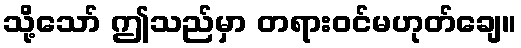
သို့သော် ဤသည်မှာ တရားဝင်မဟုတ်ချေ။